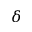
\delta